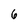
Character: 6